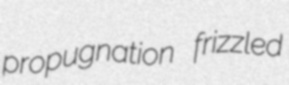
propugnation frizzled